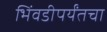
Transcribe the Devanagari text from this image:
भिंवडीपर्यंतचा